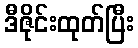
ဒီဇိုင်းထုတ်ပြီး